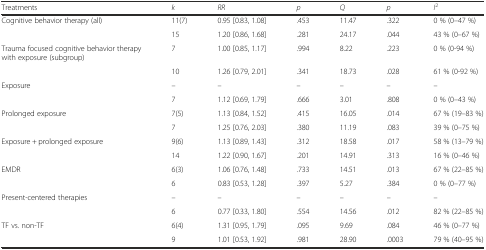
| Treatments | k | RR | p | Q | p | I2 |
 | --- | --- | --- | --- | --- | --- | --- |
 | Cognitive behavior therapy (all) | 11(7) | 0.95 [0.83, 1.08] | .453 | 11.47 | .322 | 0 % (0–47 %) |
 |  | 15 | 1.20 [0.86, 1.68] | .281 | 24.17 | .044 | 43 % (0–67 %) |
 | Trauma focused cognitive behavior therapy with exposure (subgroup) | 7 | 1.00 [0.85, 1.17] | .994 | 8.22 | .223 | 0 % (0-94 %) |
 |  | 10 | 1.26 [0.79, 2.01] | .341 | 18.73 | .028 | 61 % (0-92 %) |
 | Exposure | – | – | – | – | – | – |
 |  | 7 | 1.12 [0.69, 1.79] | .666 | 3.01 | .808 | 0 % (0–43 %) |
 | Prolonged exposure | 7(5) | 1.13 [0.84, 1.52] | .415 | 16.05 | .014 | 67 % (19–83 %) |
 |  | 7 | 1.25 [0.76, 2.03] | .380 | 11.19 | .083 | 39 % (0–75 %) |
 | Exposure + prolonged exposure | 9(6) | 1.13 [0.89, 1.43] | .312 | 18.58 | .017 | 58 % (13–79 %) |
 |  | 14 | 1.22 [0.90, 1.67] | .201 | 14.91 | .313 | 16 % (0–46 %) |
 | EMDR | 6(3) | 1.06 [0.76, 1.48] | .733 | 14.51 | .013 | 67 % (22–85 %) |
 |  | 6 | 0.83 [0.53, 1.28] | .397 | 5.27 | .384 | 0 % (0–77 %) |
 | Present-centered therapies | – | – | – | – | – | – |
 |  | 6 | 0.77 [0.33, 1.80] | .554 | 14.56 | .012 | 82 % (22–85 %) |
 | TF vs. non-TF | 6(4) | 1.31 [0.95, 1.79] | .095 | 9.69 | .084 | 46 % (0–77 %) |
 |  | 9 | 1.01 [0.53, 1.92] | .981 | 28.90 | .0003 | 79 % (40–95 %) |